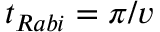
t _ { R a b i } = \pi / v